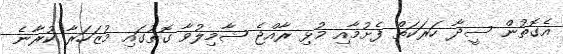
އެގޮތުން ސީދާ ހަރަކަތް ފެށުމާއި މުޅި ރާއްޖެ ޝާމިލުވާ ގޮތުގައި މުޒަހަރާ ކުރާނެ